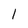
Character: l